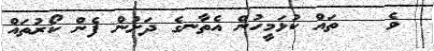
ވެ   ތައް ކުޅަމީހުން އެތާނގެ ދަށުން ފެން ކޯރުތައް